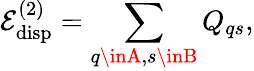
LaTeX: \mathcal{E}_{\mathrm{{disp}}}^{(2)}=\sum_{q\inA,s\inB}Q_{qs},